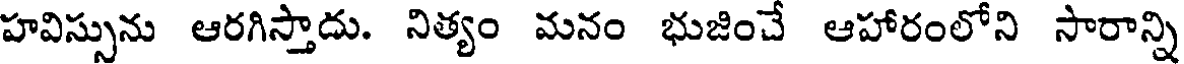
హవిస్సును ఆరగిస్తాదు. నిత్యం మనం భుజించే ఆహారంలోని సారాన్ని